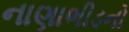
નાણાભીડનો